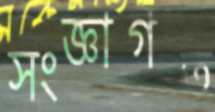
সংজ্ঞাগত